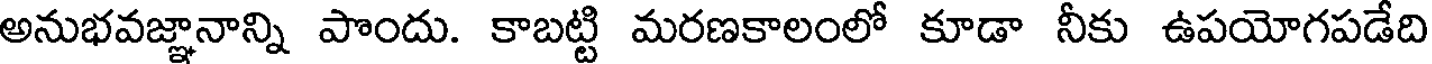
అనుభవజ్ఞానాన్ని పొందు. కాబట్టి మరణకాలంలో కూడా నీకు ఉపయోగపడేది